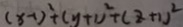
( x - 1 ) ^ { 2 } + ( y + 1 ) ^ { 2 } + ( z + 1 ) ^ { 2 }